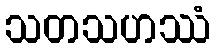
သတသဟဿံ